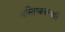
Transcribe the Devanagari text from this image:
मस्तिष्कवरणार्ति